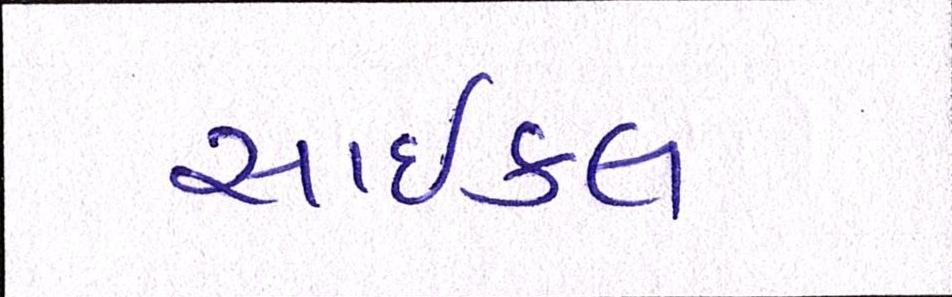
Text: સાઇકલ